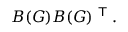
B ( G ) B ( G ) ^ { \textsf { T } } .